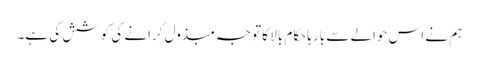
ہم نے اس حوالے سے بارہا حکام بالا کا توجہ مبذول کرانے کی کوشش کی ہے۔